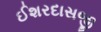
ઈશરદાસજી